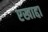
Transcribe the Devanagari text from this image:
एखाद्दा